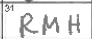
Transcription: RMH